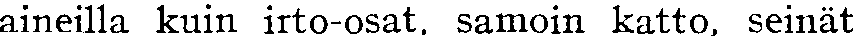
aineilla kuin irto-osat, samoin katto, seinät